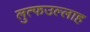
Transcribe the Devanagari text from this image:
लुत्फउल्लाह